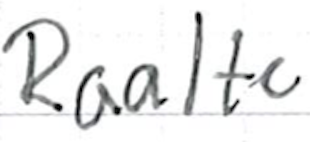
Text: Raalte
Cross-out: clean
Writing tool: ballpoint